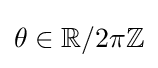
\theta \in \mathbb {R} /2\pi \mathbb {Z}